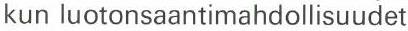
kun luotonsaantimahdollisuudet